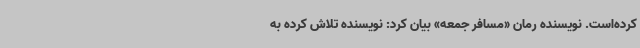
کرده‌است. نویسنده رمان «مسافر جمعه» بیان کرد: نویسنده تلاش کرده به